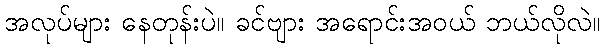
အလုပ်များ နေတုန်းပဲ။ ခင်ဗျား အရောင်းအဝယ် ဘယ်လိုလဲ။